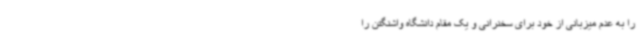
را به عدم میزبانی از خود برای سخنرانی و یک مقام دانشگاه واشنگتن را